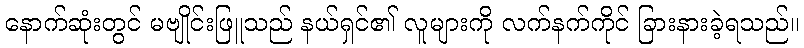
နောက်ဆုံးတွင် မဗျိုင်းဖြူသည် နယ်ရှင်၏ လူများကို လက်နက်ကိုင် ခြားနားခဲ့ရသည်။